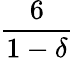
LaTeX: \frac{6}{1-\delta}